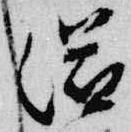
滋